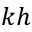
k h